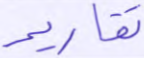
تقارير